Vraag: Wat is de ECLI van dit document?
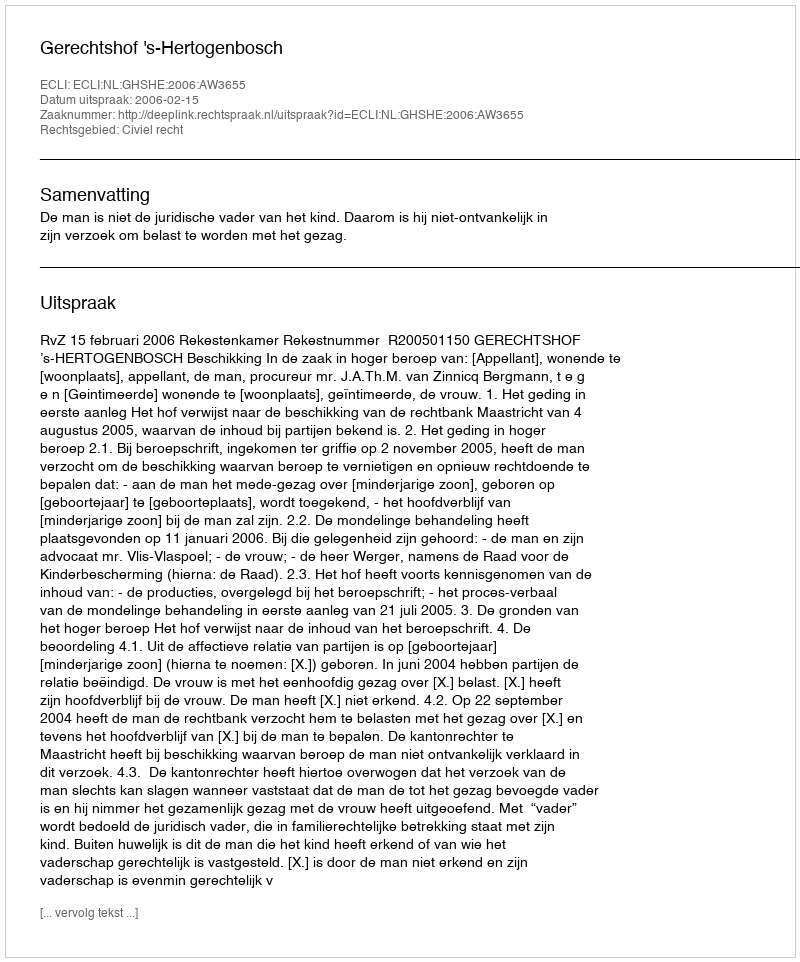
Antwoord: ECLI:NL:GHSHE:2006:AW3655